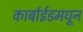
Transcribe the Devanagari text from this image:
कार्बाईडमधून